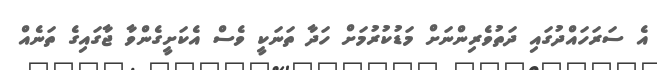
އެ ސަރަހައްދުގައި ދަތުވެރިންނަށް މަޑުކުރުމަށް ހަދާ ތަނަކީ ވެސް އެކަށީގެންވާ ޖާގައިގެ ތަނެއް